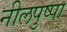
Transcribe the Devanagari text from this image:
नीलपुष्पा